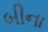
બીના